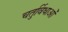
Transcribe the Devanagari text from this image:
चतुर्विधाओं